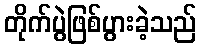
တိုက်ပွဲဖြစ်ပွားခဲ့သည်